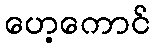
ဟေ့ကောင်